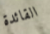
القائدة